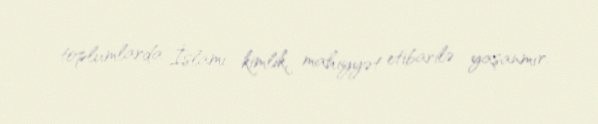
toplumlarda İslami kimlik, mahiyyət etibarilə yaşanmır.